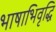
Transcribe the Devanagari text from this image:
भाषाभिवृद्धि